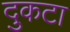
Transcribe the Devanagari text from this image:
दुकटा